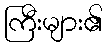
ကြီးများ၏